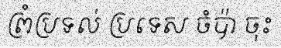
ព្រំប្រទល់ ប្រទេស ចំប៉ា ចុះ